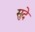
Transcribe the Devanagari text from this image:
सुदे